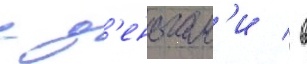
с д'еньгам'и / в